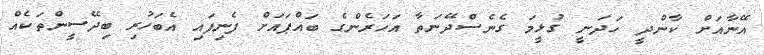
އޭނާއަށް ކާންދީ ހަދަނީ ގުޅީމަ ގެނެސްދޭނަތާ އަހަރެންގެ ބައްޕައަށް ފެނިފައި އެބަހުރި ބިދޭސީންތަކެއް